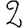
Digit: 2